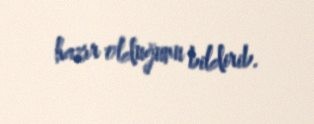
hazır olduğunu bildirib.